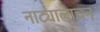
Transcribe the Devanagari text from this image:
नाट्यालाचन